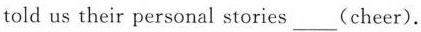
told us their personal stories___(cheer).